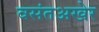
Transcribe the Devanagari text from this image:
वसंतअखेर